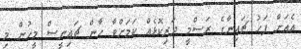
އެއަށް ފަހު ޗައިނާގެ ރަސްމީ ދަރިކޮޅެއް ކަމަށްވާ ހާން ޗައިނީސް މީހުން މި